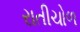
રાતીચોળ